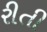
રીતી